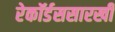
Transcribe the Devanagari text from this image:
रेकॉर्डससारखी